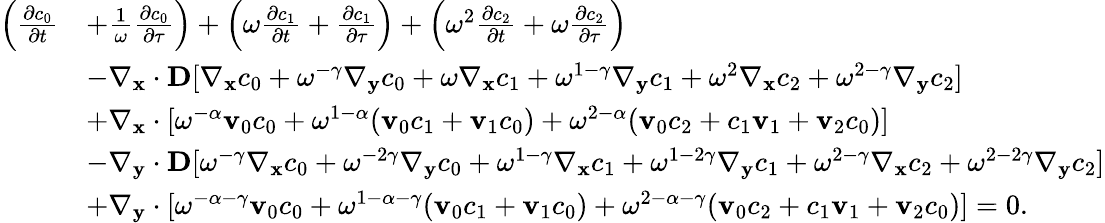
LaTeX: \begin{array}{rl}{\left(\frac{\partial c_{0}}{\partial t}\right.}&{\left.+\frac{1}{\omega}\frac{\partial c_{0}}{\partial\tau}\right)+\left(\omega\frac{\partial c_{1}}{\partial t}+\frac{\partial c_{1}}{\partial\tau}\right)+\left(\omega^{2}\frac{\partial c_{2}}{\partial t}+\omega\frac{\partial c_{2}}{\partial\tau}\right)}\\ &{-\nabla_{\mathbf x}\cdot\textbf{D}[\nabla_{\mathbf x}c_{0}+\omega^{-\gamma}\nabla_{\mathbf y}c_{0}+\omega\nabla_{\mathbf x}c_{1}+\omega^{1-\gamma}\nabla_{\mathbf y}c_{1}+\omega^{2}\nabla_{\mathbf x}c_{2}+\omega^{2-\gamma}\nabla_{\mathbf y}c_{2}]}\\ &{+\nabla_{\mathbf x}\cdot[\omega^{-\alpha}\mathbf v_{0}c_{0}+\omega^{1-\alpha}(\mathbf v_{0}c_{1}+\mathbf v_{1}c_{0})+\omega^{2-\alpha}(\mathbf v_{0}c_{2}+c_{1}\mathbf v_{1}+\mathbf v_{2}c_{0})]}\\ &{-\nabla_{\mathbf y}\cdot\textbf{D}[\omega^{-\gamma}\nabla_{\mathbf x}c_{0}+\omega^{-2\gamma}\nabla_{\mathbf y}c_{0}+\omega^{1-\gamma}\nabla_{\mathbf x}c_{1}+\omega^{1-2\gamma}\nabla_{\mathbf y}c_{1}+\omega^{2-\gamma}\nabla_{\mathbf x}c_{2}+\omega^{2-2\gamma}\nabla_{\mathbf y}c_{2}]}\\ &{+\nabla_{\mathbf y}\cdot[\omega^{-\alpha-\gamma}\mathbf v_{0}c_{0}+\omega^{1-\alpha-\gamma}(\mathbf v_{0}c_{1}+\mathbf v_{1}c_{0})+\omega^{2-\alpha-\gamma}(\mathbf v_{0}c_{2}+c_{1}\mathbf v_{1}+\mathbf v_{2}c_{0})]=0.}\end{array}